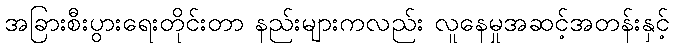
အခြားစီးပွားရေးတိုင်းတာ နည်းများကလည်း လူနေမှုအဆင့်အတန်းနှင့်